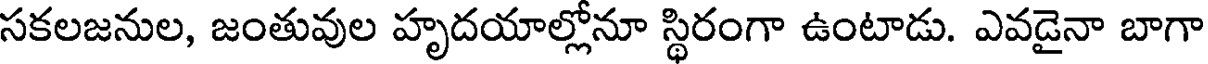
సకలజనుల, జంతువుల హృదయాల్లోనూ స్థిరంగా ఉంటాడు. ఎవడైనా బాగా